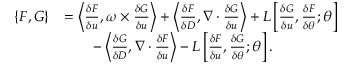
\begin{array} { r l } { \{ F , G \} } & { = \left\langle \frac { \delta F } { \delta u } , \omega \times \frac { \delta G } { \delta u } \right\rangle + \left\langle \frac { \delta F } { \delta D } , \nabla \cdot \frac { \delta G } { \delta u } \right\rangle + L \left[ \frac { \delta G } { \delta u } , \frac { \delta F } { \delta \theta } ; \theta \right] } \\ & { \qquad - \left\langle \frac { \delta G } { \delta D } , \nabla \cdot \frac { \delta F } { \delta u } \right\rangle - L \left[ \frac { \delta F } { \delta u } , \frac { \delta G } { \delta \theta } ; \theta \right] . } \end{array}